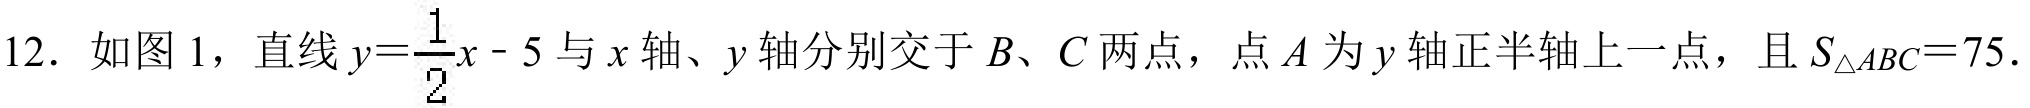
12. 如图 1，直线\(y = \frac{1}{2}x - 5\)与\(x\)轴、\(y\)轴分别交于\(B\)、\(C\)两点，点\(A\)为\(y\)轴正半轴上一点，且\(S_{\triangle ABC}=75\).